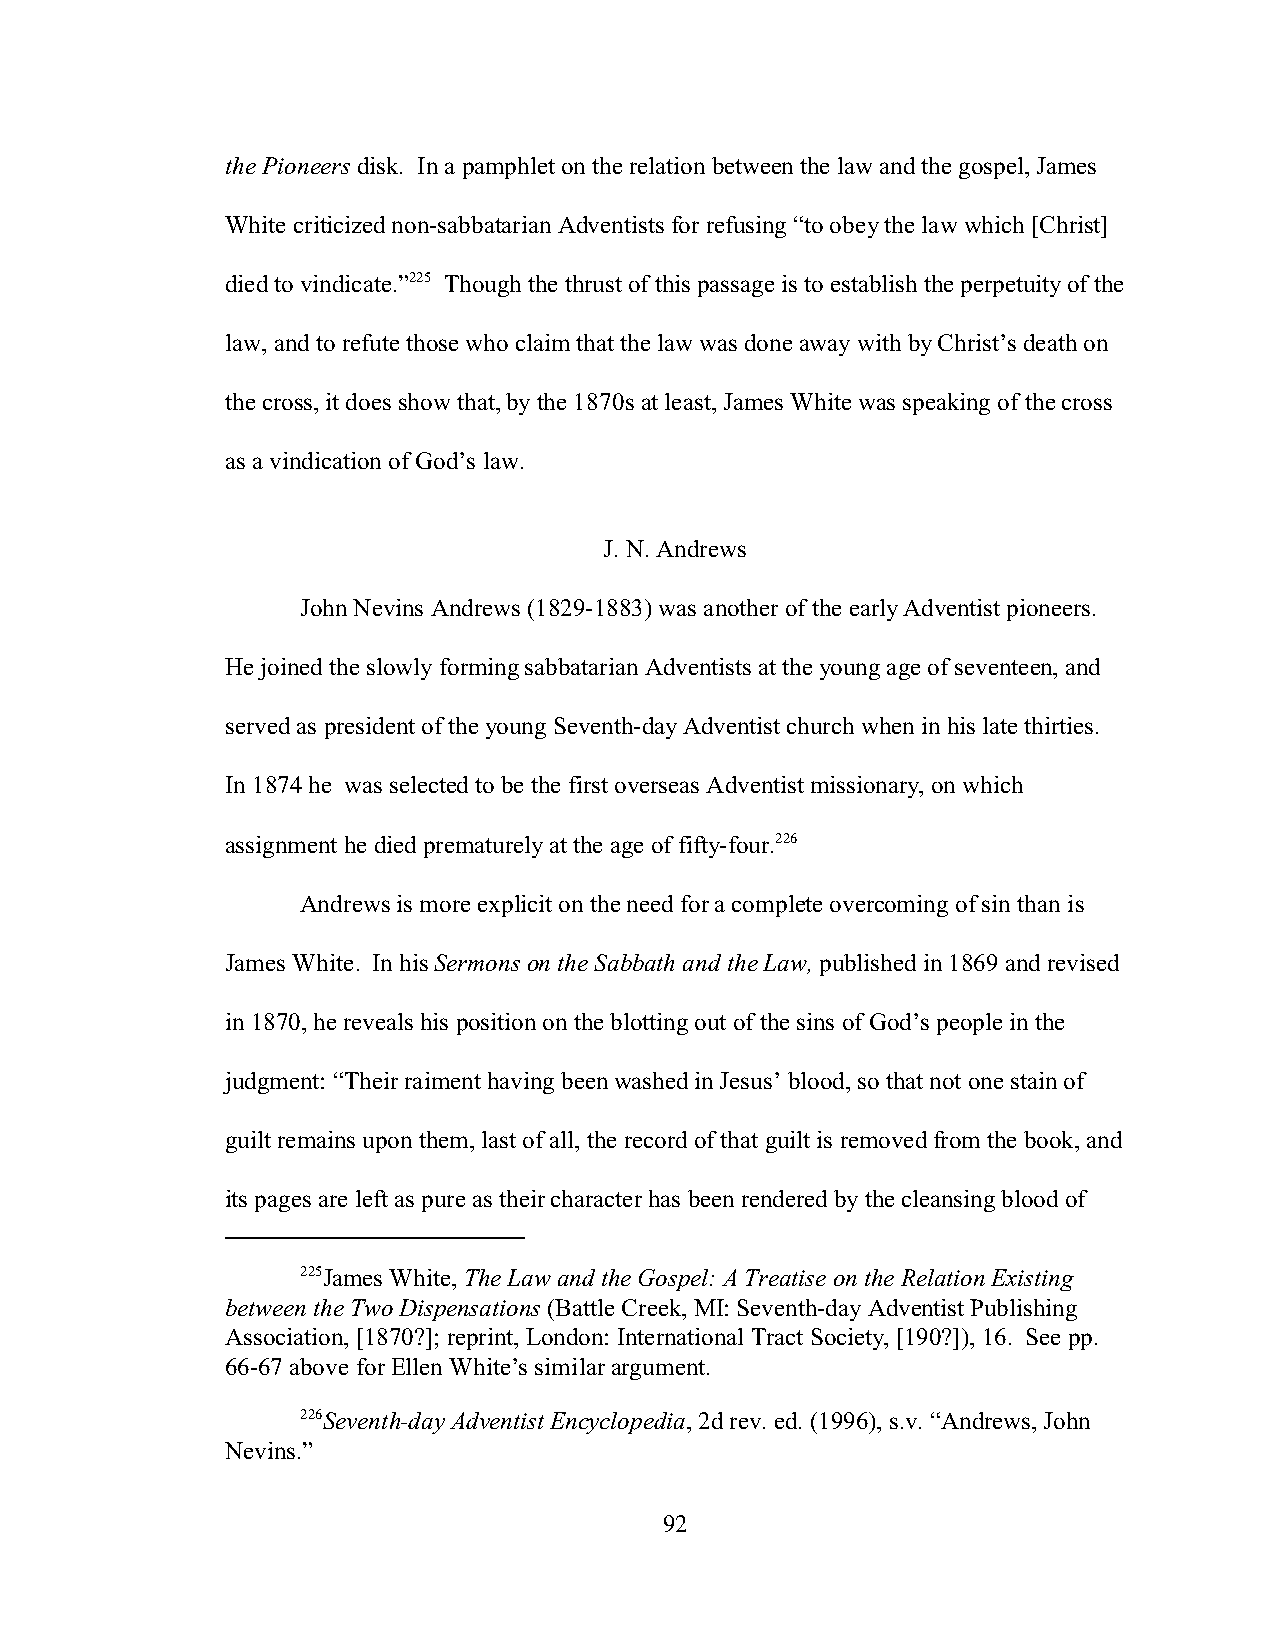
the Pioneers disk. In a pamphlet on the relation between the law and the gospel, James
 White criticized non-sabbatarian Adventists for refusing “to obey the law which [Christ]
 died to vindicate.”225 Though the thrust of this passage is to establish the perpetuity of the
 law, and to refute those who claim that the law was done away with by Christ’s death on
 the cross, it does show that, by the 1870s at least, James White was speaking of the cross
 as a vindication of God’s law.
 J. N. Andrews
 John Nevins Andrews (1829-1883) was another of the early Adventist pioneers.
 He joined the slowly forming sabbatarian Adventists at the young age of seventeen, and
 served as president of the young Seventh-day Adventist church when in his late thirties.
 In 1874 he was selected to be the first overseas Adventist missionary, on which
 assignment he died prematurely at the age of fifty-four.226
 Andrews is more explicit on the need for a complete overcoming of sin than is
 James White. In his Sermons on the Sabbath and the Law, published in 1869 and revised
 in 1870, he reveals his position on the blotting out of the sins of God’s people in the
 judgment: “Their raiment having been washed in Jesus’ blood, so that not one stain of
 guilt remains upon them, last of all, the record of that guilt is removed from the book, and
 its pages are left as pure as their character has been rendered by the cleansing blood of
 225James White, The Law and the Gospel: A Treatise on the Relation Existing
 between the Two Dispensations (Battle Creek, MI: Seventh-day Adventist Publishing
 Association, [1870?]; reprint, London: International Tract Society, [190?]), 16. See pp.
 66-67 above for Ellen White’s similar argument.
 226Seventh-day Adventist Encyclopedia, 2d rev. ed. (1996), s.v. “Andrews, John
 Nevins.”
 92